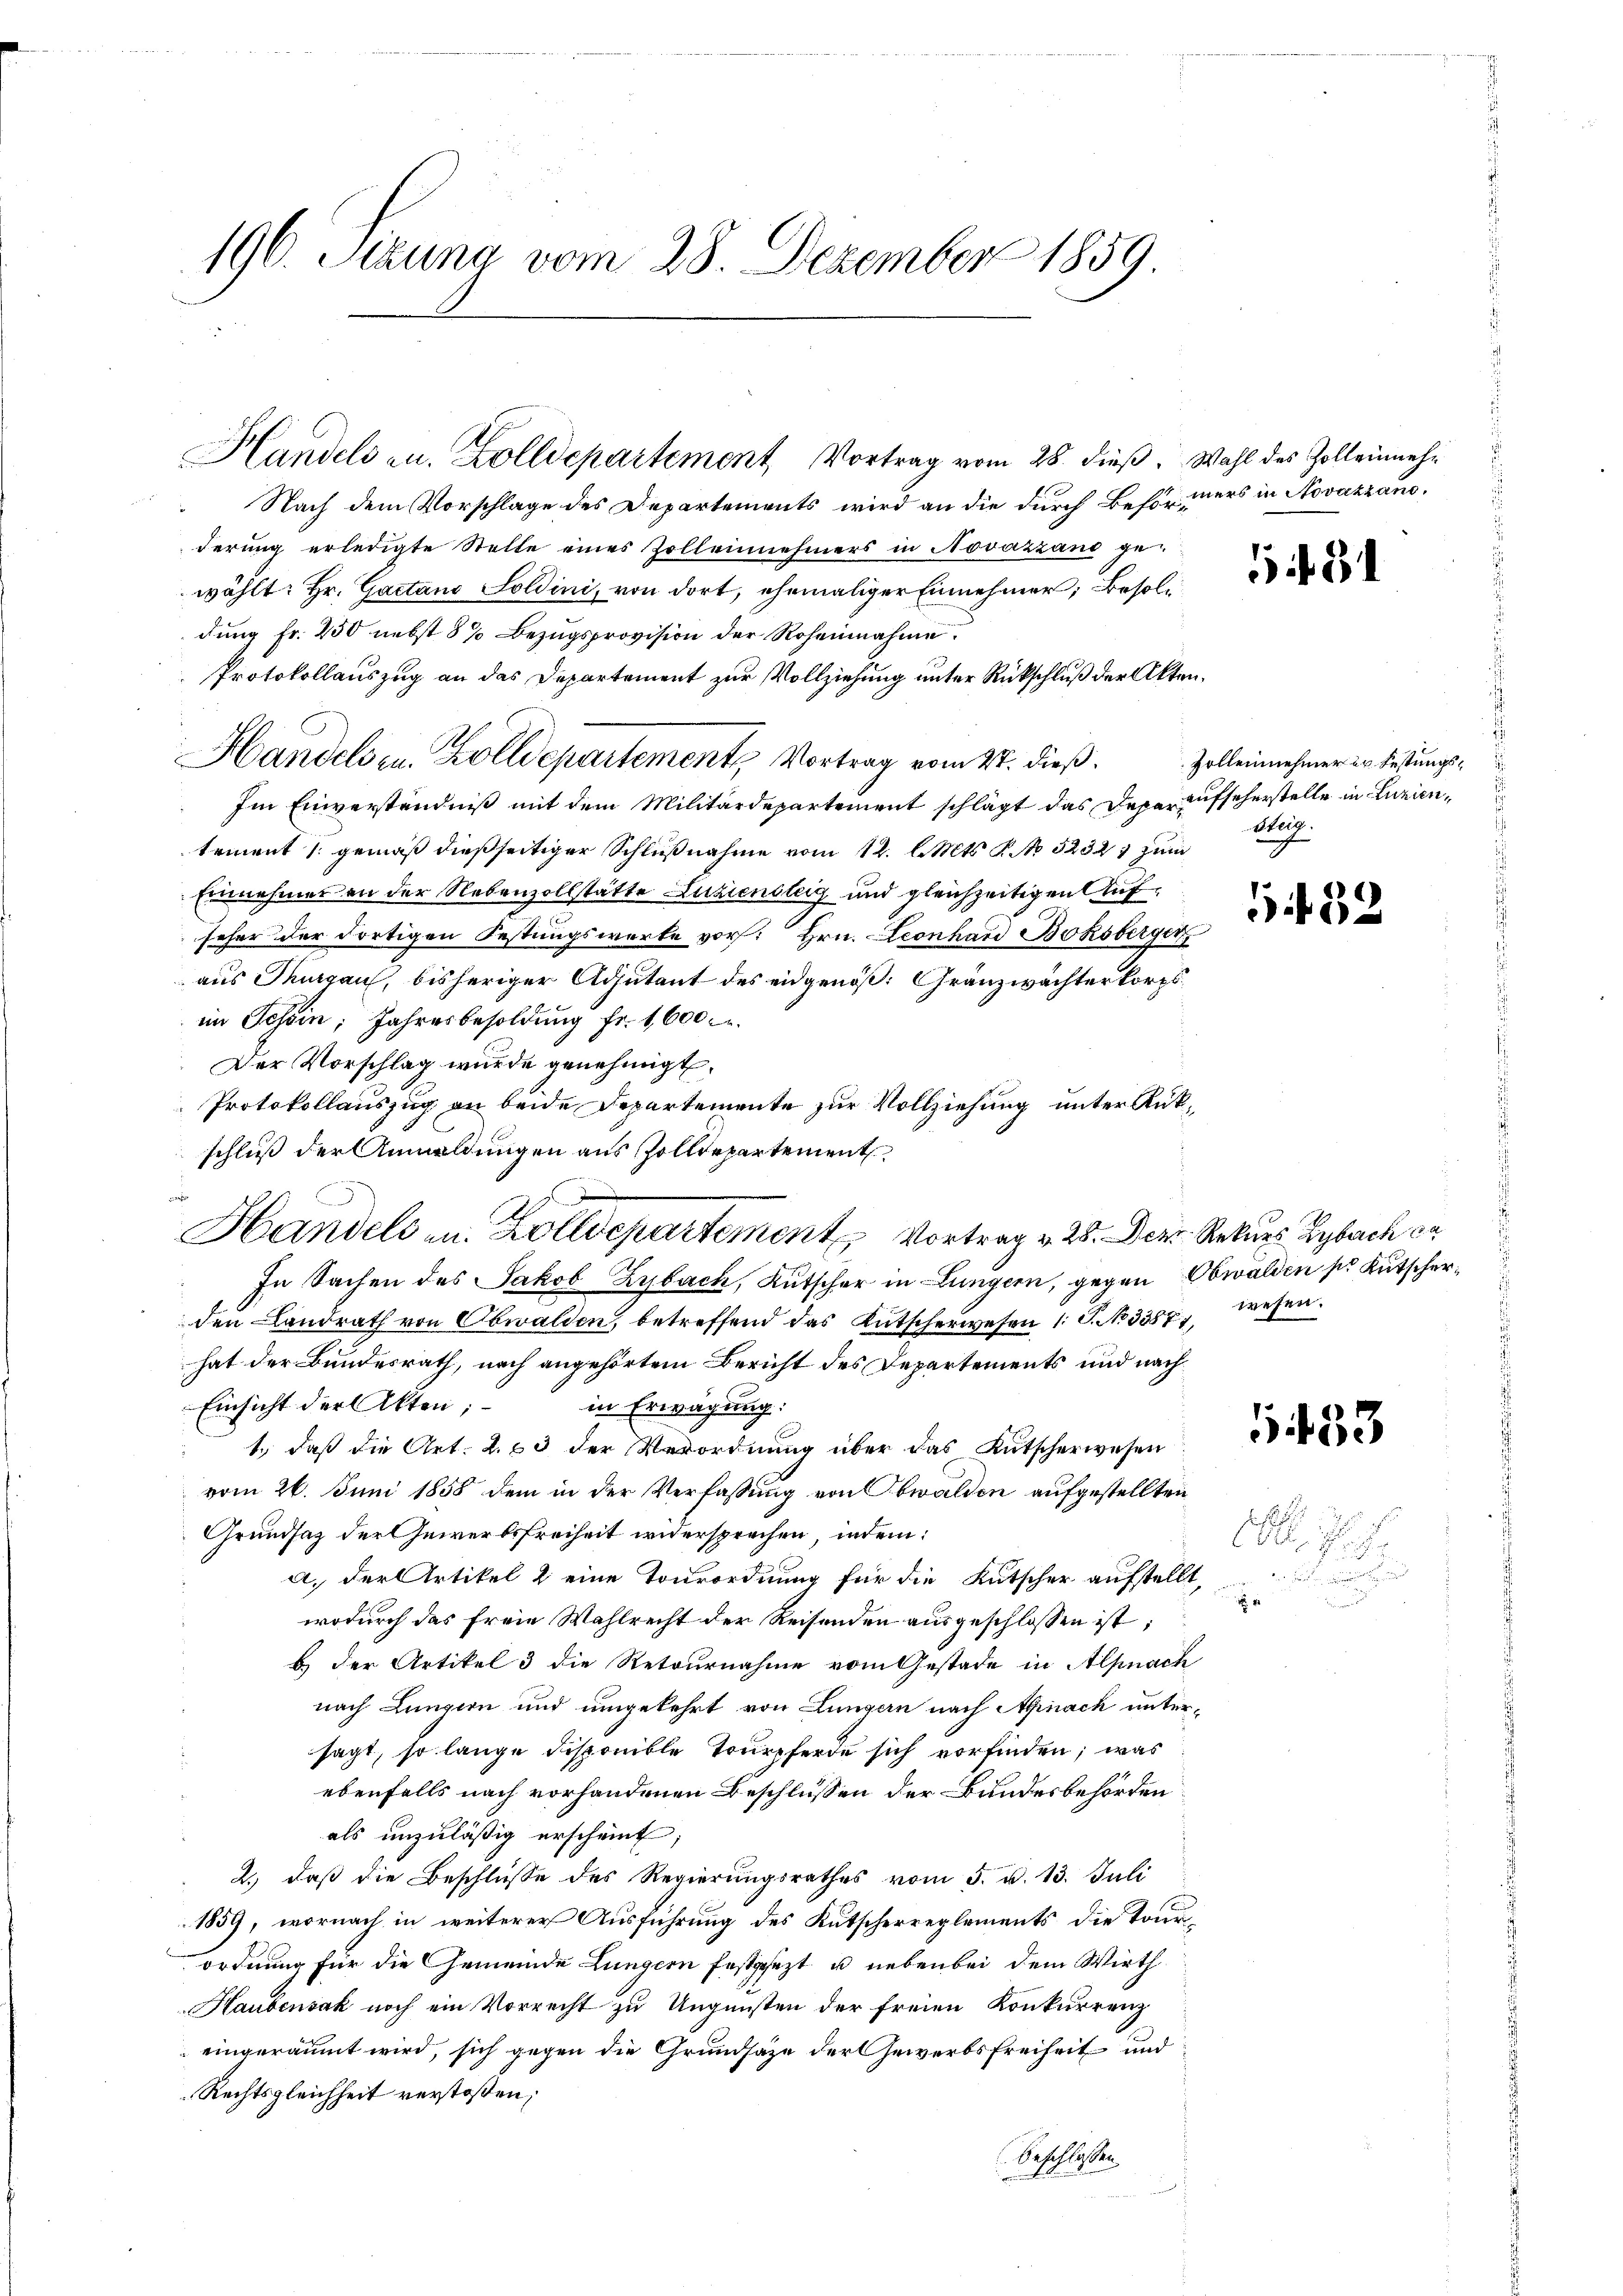
196. Sizung vom 28. Dezember 1859

Handels zu. Zolldepartement Vortrag vom 28. dieβ. Wahl des Zoll einmehr

Nach dem Vorschlage des Departements wird an die durch Beförders in Novazzanoderung erledigte Stelle eines Zolleinehmers in Novazzand ge-
wählt: Hr. Gactand Soldini, von dort, ehemaliger Einnehmer, Besoldung Fr. 250 nebst 8% Bezugsprovision der Roheinahme.
Protokollauszug an das Departement zur Vollziehung unter Rückschluß der Akten.
Handelsen. Zolldepartement, Vortrag vom 24. dieß.
Im Einverständniß mit dem Militärdepartement schlägt das Deparaufseherstelle in Luzientement (gemäß dießseitiger Schlußnahme vom 12. l. Mts. S. No 5232. zum
Einnahmes an der Nebenzollstätte Luziensteig und gleichzeitigen Aufseher der dortigen Festungswerte vor. Hrn. Leonhard Boksberger
aus Thurgau, bisheriger Adjutant des eidgenöß: Gränzwachterkorps,
im Tessin; Jahresbesoldung fr. 1600.
Der Vorschlag wurde genehmigt.
Protokollauszug an beide Departemente zur Vollziehung unter Rükschluß der Anwaldungen aus Zolldepartement
Handels zu. Zolldepartement Vortrag v. 28. Der Rekurs Lybach da
In Sachen des Jakob Zybach, Kutscher in Lungern, gegen Obwalden pr Kutscherden Landrath von Obwalden, betreffend das Kutscherwesen 1. P. No 3387, wesen
hat der Bundesrath, nach angehörtem Bericht des Departements und nach
Einsicht der Akten:
in Erwägung:
1., daß die Art. 2. 63 der Verordnung über das Kutscherwesen
vom 26. Juni 1858 dem in der Verfassung von Obwalden aufgestellten
Grundsaz der Gewerbsfreiheit widersprechen, indem:
a. der Artikel 2 eine Tourordnung für die Kutscher aufstellt,
wodurch das freie Wahlrecht der Reisenden ausgeschlossen ist;
B) der Artikel 3 die Retournahme vom Gestade in Alpnach
nach Lungern und umgekehrt von Lungern nach Anach untersagt, so lange disponible Tourpferde sich vorfinden; was
ebenfalls nach vorhandenen Beschlüssen der Bundesbehörden
als unzuläßig erscheint;
2.) daß die Beschlüsse des Regierungsrathes vom 5. d. 13. Juli
1859, wornach in weiterer Ausführung des Kutscherreglements die Tourordnung für die Gemeinde Lungern festgesezt, u. nebenbei dem Wirth
Haubensak noch ein Vorrecht zu Ungunsten der freien Konkurrenz
eingeräumt wird, sich gegen die Grundsaze der Gewerbsfreiheit und
Rechtsgleichheit verstoßen;
Seschlossen

1431

Zollennehmer er Festungs¬
Weg.

1432

1453

s. w

e